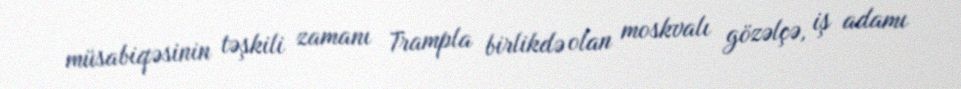
müsabiqəsinin təşkili zamanı Trampla birlikdə olan moskvalı gözəlçə, iş adamı